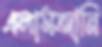
এলামজানি